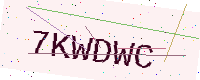
Text: 7KWDWC